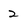
Character: 2